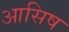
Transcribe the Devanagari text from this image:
आसिष